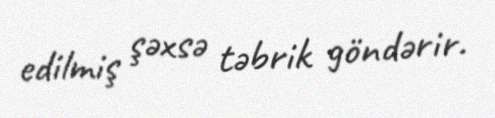
edilmiş şəxsə təbrik göndərir.